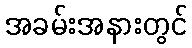
အခမ်းအနားတွင်